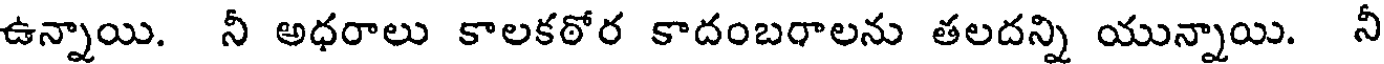
ఉన్నాయి. నీ అధరాలు కాలకఠోర కాదంబరాలను తలదన్ని యున్నాయి. నీ